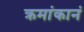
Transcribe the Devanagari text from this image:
क्रमांकानं